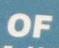
of